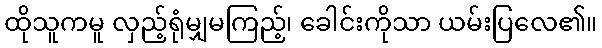
ထိုသူကမူ လှည့်ရုံမျှမကြည့်၊ ခေါင်းကိုသာ ယမ်းပြလေ၏။